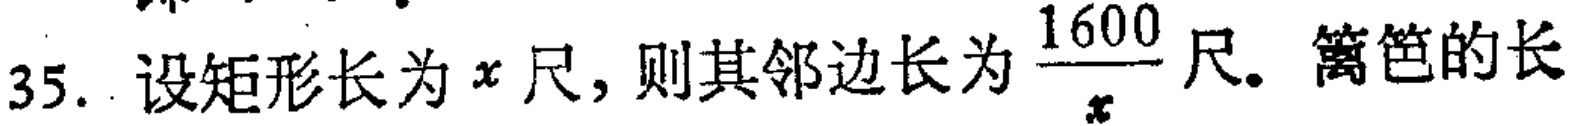
35. 设矩形长为\(x\)尺，则其邻边长为\(\frac{1600}{x}\)尺. 篱笆的长